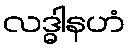
လဒ္ဓါနဟံ